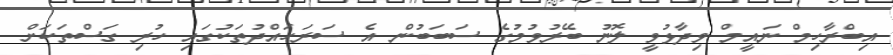
އިބްރާހިމް ނައީމް ވިދާޅުވީ ލޮނު ބޭރުވުމުގެ ސަބަބުން އެ ސަރަހައްދުތަކުގައި ހުރި ގަސްތަކަށް